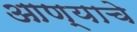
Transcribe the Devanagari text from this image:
आण्याचे